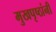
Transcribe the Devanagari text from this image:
मुखपृष्ठांनी